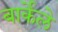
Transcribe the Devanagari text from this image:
बार्केले